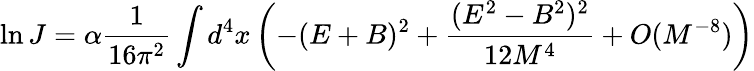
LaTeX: \ln J=\alpha\frac{1}{16\pi^{2}}\int d^{4}x\left(-(E+B)^{2}+\frac{(E^{2}-B^{2})^{2}}{12M^{4}}+O(M^{-8})\right)